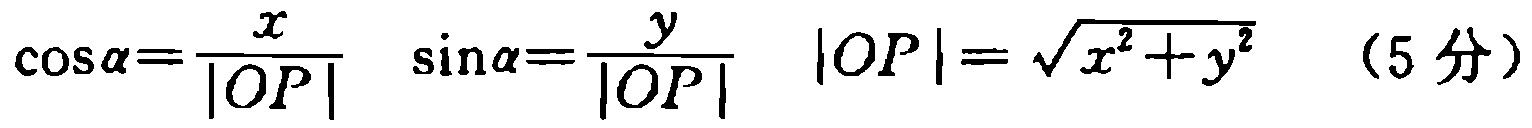
\(\cos\alpha=\frac{x}{|OP|} \quad \sin\alpha=\frac{y}{|OP|} \quad |OP|=\sqrt{x^{2}+y^{2}} \quad (5\text{分})\)